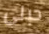
حبلى